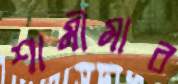
শামীমার